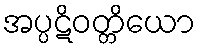
အပ္ပဋိဝတ္တိယော